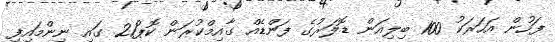
ފަހުން އަހަރަކު 100 ބިލިއަން ޑޮލަރުގެ ފަންޑެއް ގާއިމްކުރަން ކޮޕް21 ގައި ނިންމައިިފި